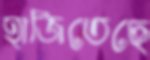
হাজিতেছে